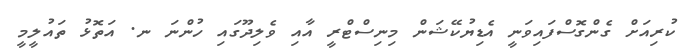
ކުރިއަށް ގެންގޮސްފައިވަނީ އެޑިޔުކޭޝަން މިނިސްޓްރީ އާއި ވެލިދޫގައި ހުންނަ ނ. އަތޮޅު ތައުލީމީ